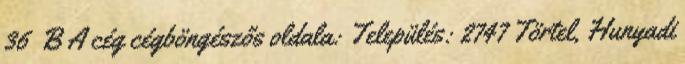
36 B A cég cégböngészős oldala: Település: 2747 Törtel, Hunyadi